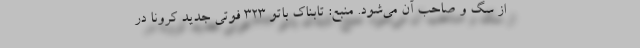
از سگ و صاحب آن می‌شود. منبع: تابناک باتو ۳۲۳ فوتی جدید کرونا در